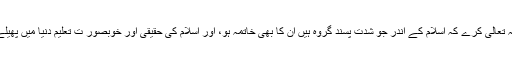
اللہ تعالیٰ کرے کہ اسلام کے اندر جو شدت پسند گروہ ہیں ان کا بھی خاتمہ ہو، اور اسلام کی حقیقی اور خوبصور ت تعلیم دنیا میں پھیلے۔